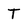
Character: T